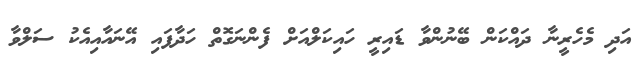
އަދި މެހެރީނާ ދައްކަން ބޭނުންވާ ޑައިރީ ހައިކަލްއަށް ފެންނަގޮތް ހަދާފައި އޭނައާއިއެކު ސަލްވާ